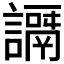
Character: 𧬭